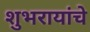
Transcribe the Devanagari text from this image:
शुभरायांचे